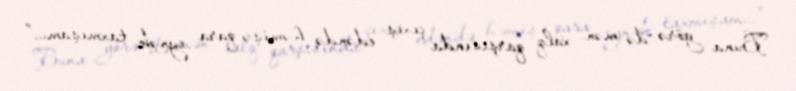
Buna görə də mən xalq qarşısında çıxış edəndə həmişə qara eynək taxmışam...”